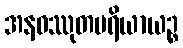
အနဝဿုတပရိယာယဉ္စ